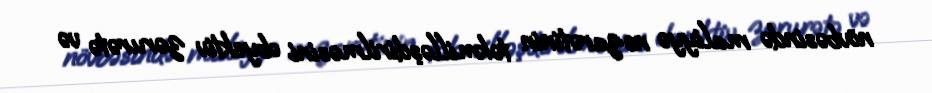
növbəsində maliyyə nəzarətinin təkmilləşdirilməsini obyektiv zərurətə və